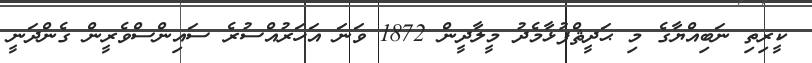
ކީރިތި ނަބިއްޔާގެ މި ޙަދީޘްފުޅާމެދު މީލާދީން 1872 ވަނަ އަހަރުއްސުރެ ސައިންސްވެރީން ގެންދަނީ